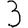
Digit: 3